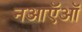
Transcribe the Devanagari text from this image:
नआऍऑ